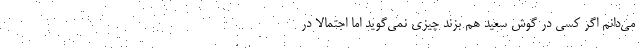
می‌دانم اگر کسی در گوش سعید هم بزند چیزی نمی‌گوید اما احتمالاً در